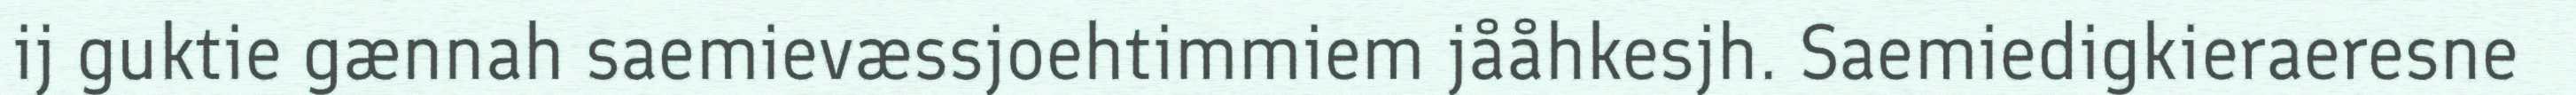
ij guktie gænnah saemievæssjoehtimmiem jååhkesjh. Saemiedigkieraeresne